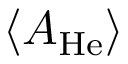
\langle A _ { \mathrm { H e } } \rangle